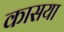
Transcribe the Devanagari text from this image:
कासया